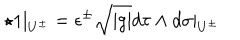
LaTeX: \star 1 { \mid _ { U ^ { \pm } } } = \epsilon ^ { \pm } \sqrt { \mid g \mid } d \tau \wedge d \sigma \mid _ { U ^ { \pm } }